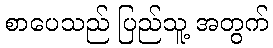
စာပေသည် ပြည်သူ့ အတွက်